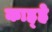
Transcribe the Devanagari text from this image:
काह्हे